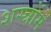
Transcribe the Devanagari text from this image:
शस्त्रोंमें